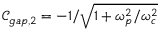
\mathcal { C } _ { g a p , 2 } = - 1 / \sqrt { 1 + \omega _ { p } ^ { 2 } / \omega _ { c } ^ { 2 } }